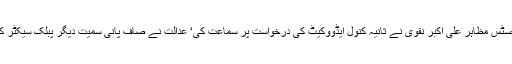
تفصیلات کے مطابق آج بروز پیر لاہور ہائی کورٹ کے جسٹس مظاہر علی اکبر نقوی نے ثانیہ کنول ایڈووکیٹ کی درخواست پر سماعت کی‘ عدالت نے صاف پانی سمیت دیگر پبلک سیکٹر کمپنیوں کی تفصیلات پیش نہ کرنے پر برہمی کا اظہار کیا۔